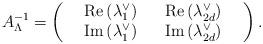
LaTeX: \begin{align*} A^{-1}_{\Lambda} =\left(\begin{array}{ccccc} & \mathrm{Re} \left( \lambda^{\vee}_1 \right) & & \mathrm{Re} \left( \lambda^{\vee}_{2d} \right) & \\ & \mathrm{Im} \left( \lambda^{\vee}_1 \right) & & \mathrm{Im} \left( \lambda^{\vee}_{2d} \right) & \\\end{array}\right).\end{align*}